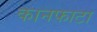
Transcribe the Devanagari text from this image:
कानफाटा